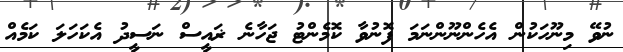
ނުވޭ މިނޫހަކުން އެހެންނޫންނަމަ ފޮނުވާ ކޮމެންޓު ޖަހާނެ ޜަަައީސް ނަސީދު އެކަހަލަ ކަމެއް